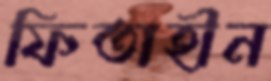
ফিতাহীন